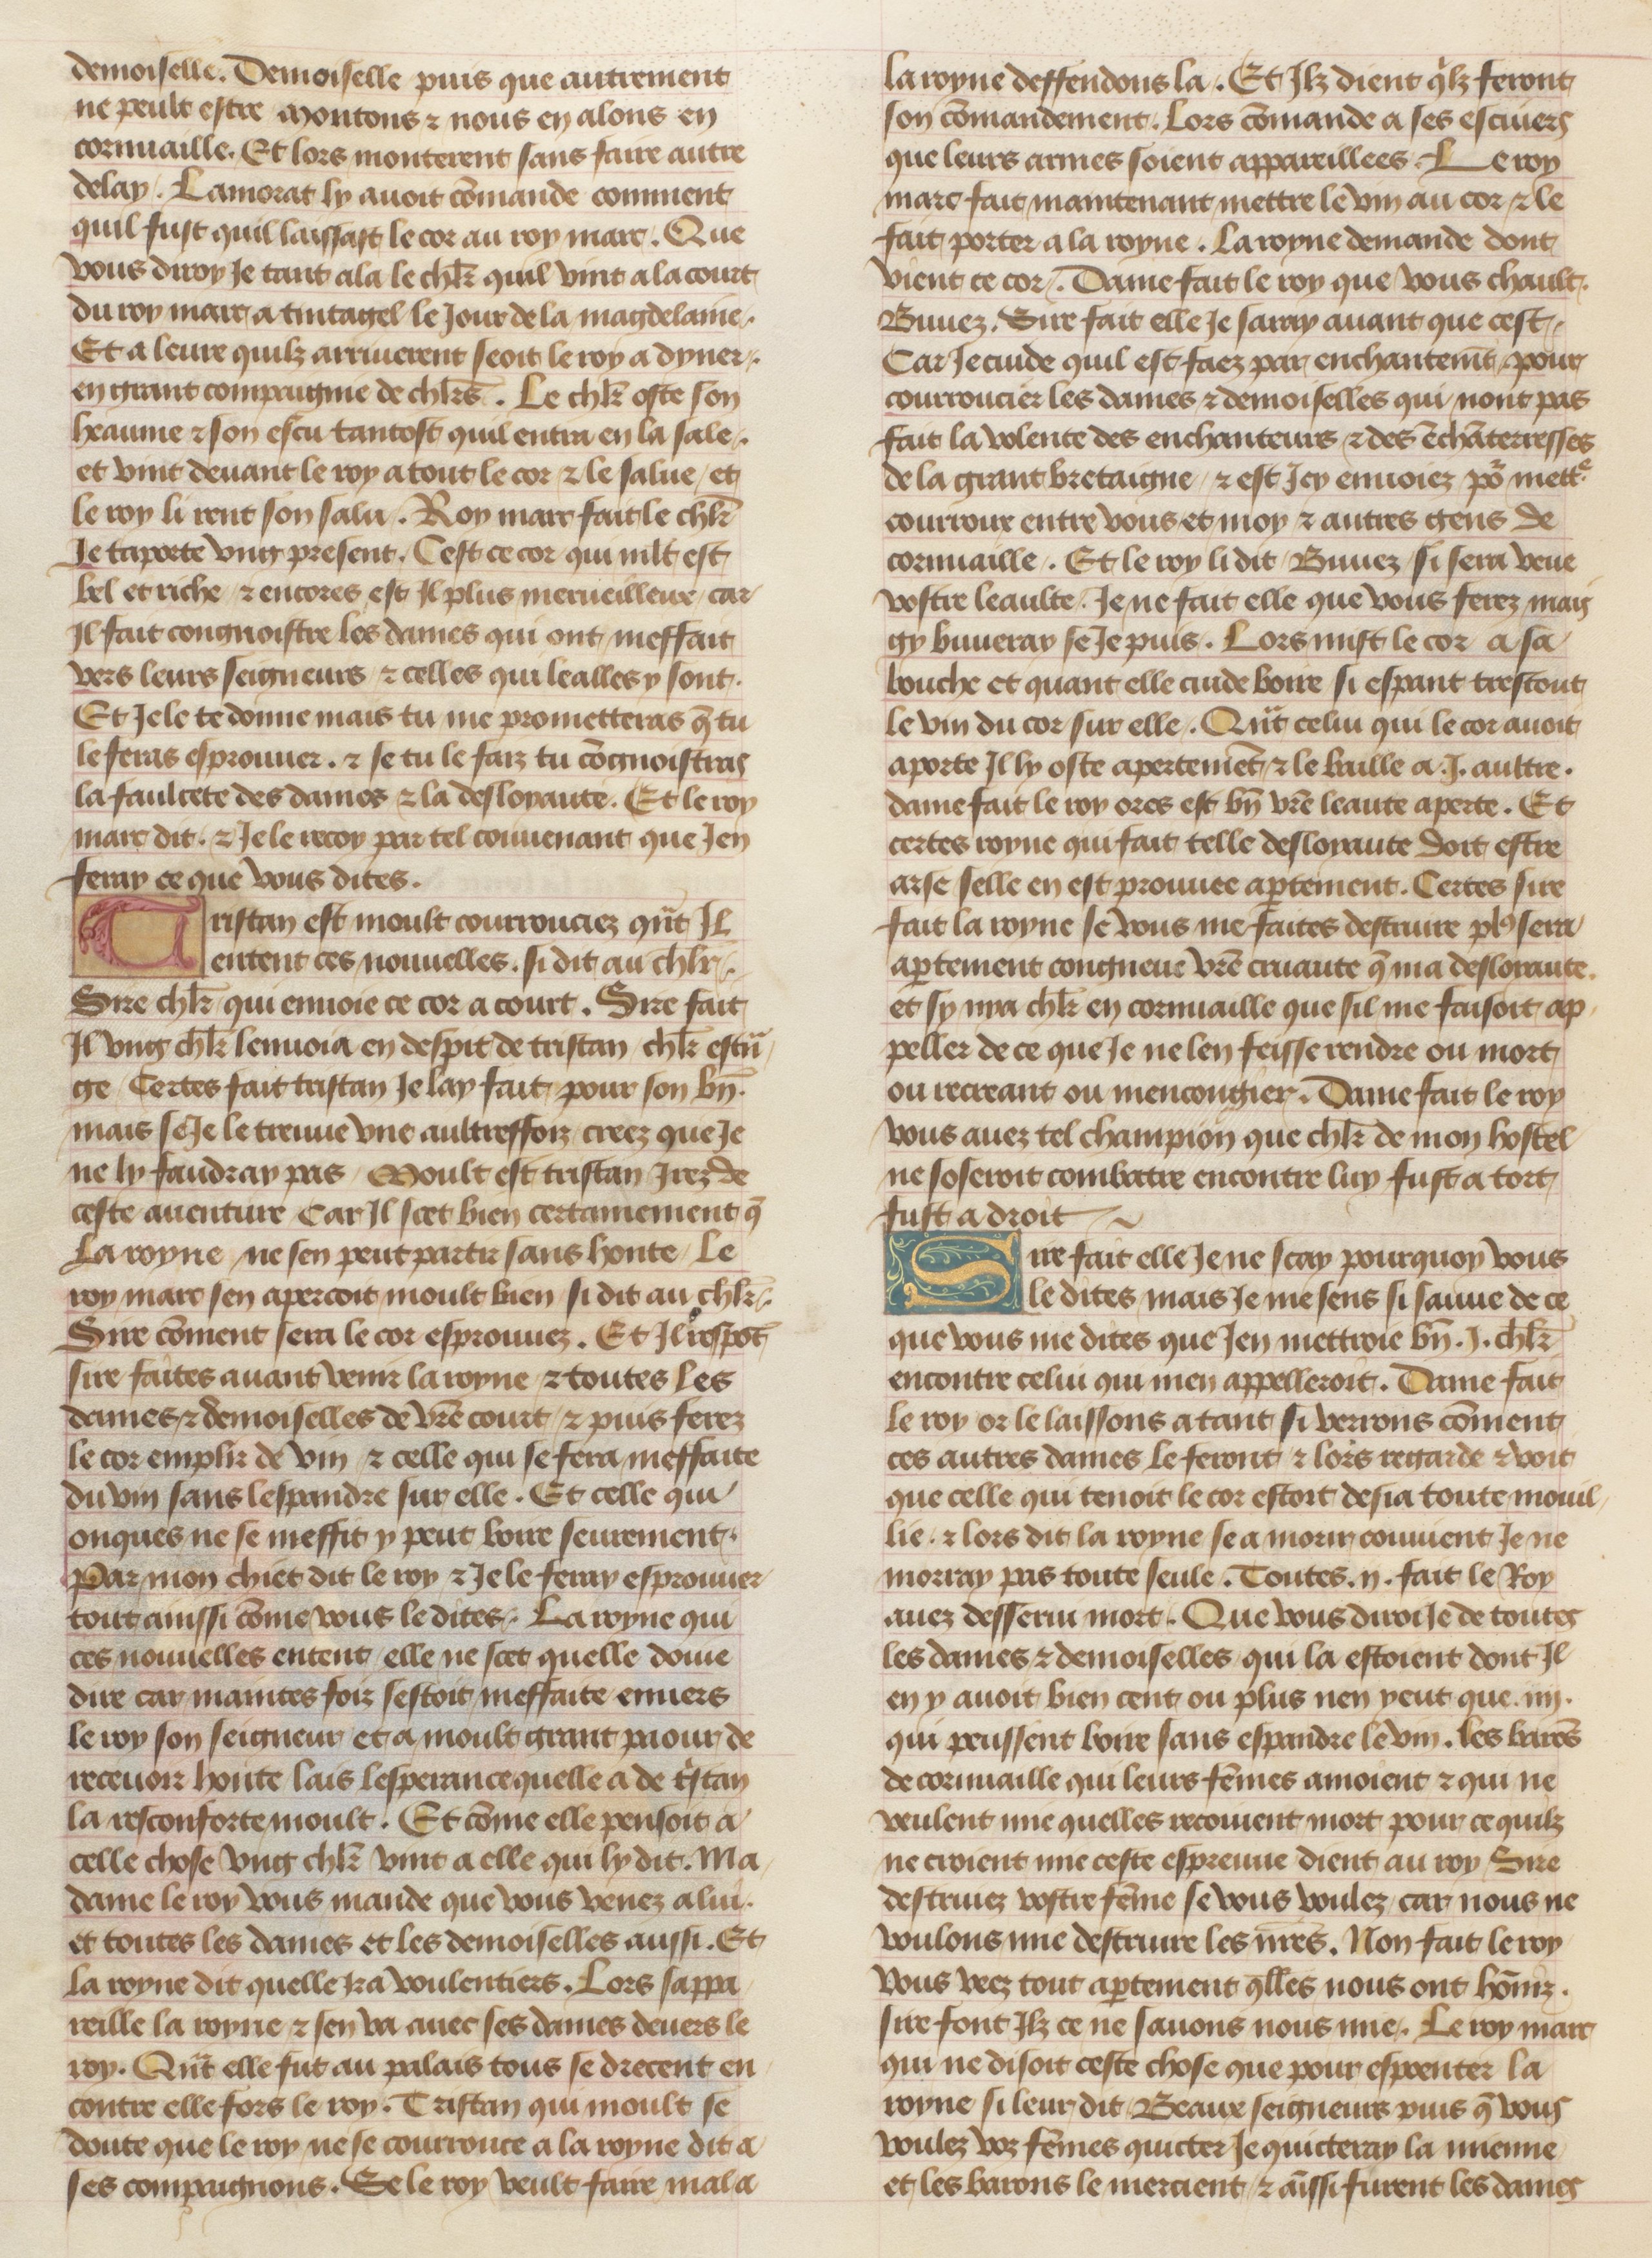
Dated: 1455–1485